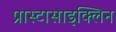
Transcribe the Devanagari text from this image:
प्रास्टासाइक्लिन